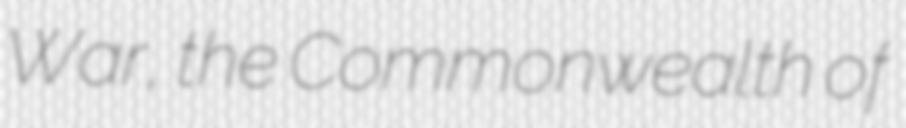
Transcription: War, the Commonwealth of